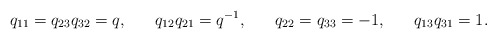
\begin{align*}q_{11}&=q_{23}q_{32}=q, & q_{12}q_{21}&=q^{-1}, & q_{22}&=q_{33}=-1, & q_{13}q_{31}&=1.\end{align*}